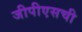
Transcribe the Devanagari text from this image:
जीपीएसची